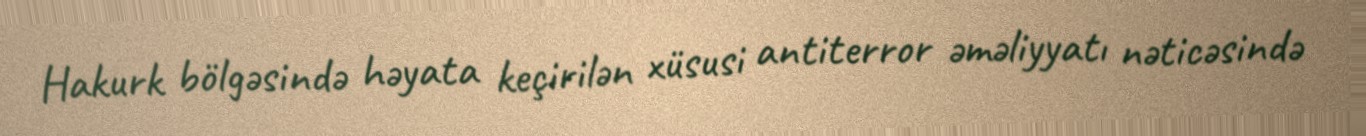
Hakurk bölgəsində həyata keçirilən xüsusi antiterror əməliyyatı nəticəsində